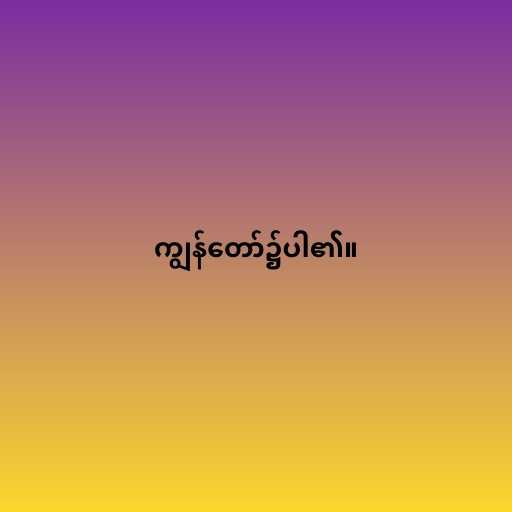
ကျွန်တော်၌ပါ၏။